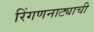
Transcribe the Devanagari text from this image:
रिंगणनाट्याची